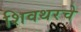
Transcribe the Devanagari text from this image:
शिवथरचे